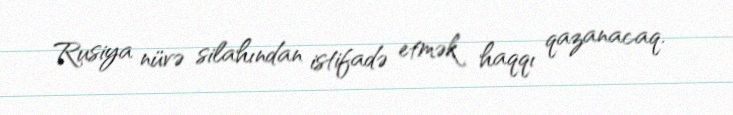
Rusiya nüvə silahından istifadə etmək haqqı qazanacaq.